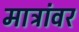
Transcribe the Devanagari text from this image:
मात्रांवर